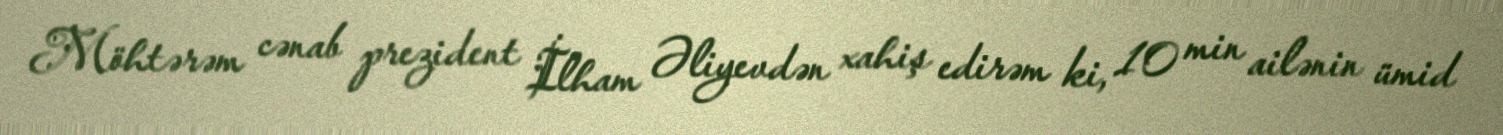
Möhtərəm cənab prezident İlham Əliyevdən xahiş edirəm ki, 10 min ailənin ümid